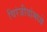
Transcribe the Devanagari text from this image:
चिरंजीवांमध्ये